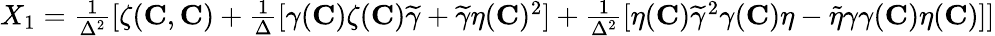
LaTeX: \begin{array}{r}{X_{1}=\frac{1}{\Delta^{2}}[\zeta({\mathbf{C}},{\mathbf{C}})+\frac{1}{\Delta}[\gamma({\mathbf{C}})\zeta({\mathbf{C}})\widetilde{\gamma}+\widetilde{\gamma}\eta({\mathbf{C}})^{2}]+\frac{1}{\Delta^{2}}[\eta({\mathbf{C}})\widetilde{\gamma}^{2}\gamma({\mathbf{C}})\eta-\widetilde{\eta}\gamma\gamma({\mathbf{C}})\eta({\mathbf{C}})]]}\end{array}